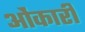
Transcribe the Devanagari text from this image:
ओंकारी